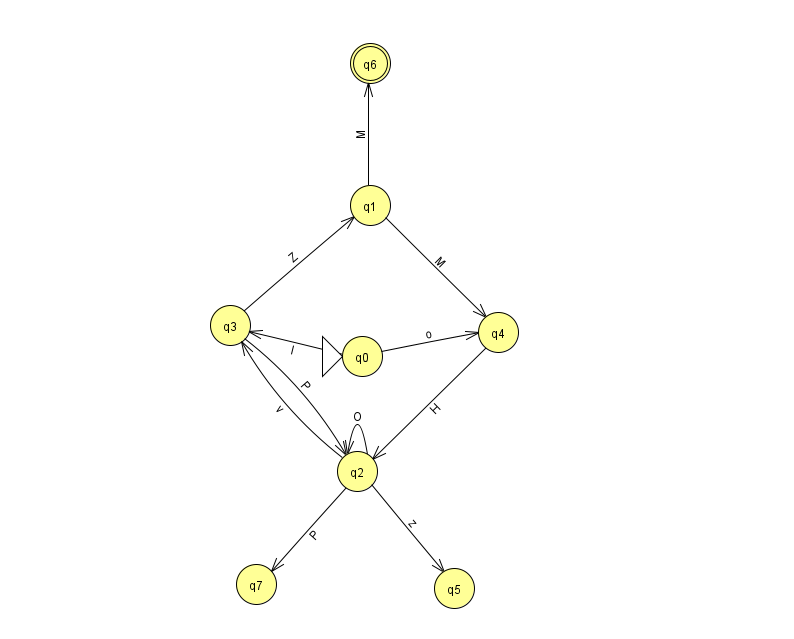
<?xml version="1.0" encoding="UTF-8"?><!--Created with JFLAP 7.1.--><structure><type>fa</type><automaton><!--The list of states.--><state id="0" name="q0"><x>362.0</x><y>343.0</y><initial/></state><state id="1" name="q1"><x>370.0</x><y>192.0</y></state><state id="2" name="q2"><x>357.0</x><y>458.0</y></state><state id="3" name="q3"><x>230.0</x><y>312.0</y></state><state id="4" name="q4"><x>498.0</x><y>319.0</y></state><state id="5" name="q5"><x>454.0</x><y>575.0</y></state><state id="6" name="q6"><x>370.0</x><y>50.0</y><final/></state><state id="7" name="q7"><x>256.0</x><y>571.0</y></state><!--The list of transitions.--><transition><from>1</from><to>4</to><read>M</read></transition><transition><from>3</from><to>2</to><read>P</read></transition><transition><from>0</from><to>3</to><read>l</read></transition><transition><from>2</from><to>5</to><read>z</read></transition><transition><from>4</from><to>2</to><read>H</read></transition><transition><from>1</from><to>6</to><read>M</read></transition><transition><from>2</from><to>3</to><read>v</read></transition><transition><from>2</from><to>7</to><read>P</read></transition><transition><from>0</from><to>4</to><read>o</read></transition><transition><from>3</from><to>1</to><read>Z</read></transition><transition><from>2</from><to>2</to><read>O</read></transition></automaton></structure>